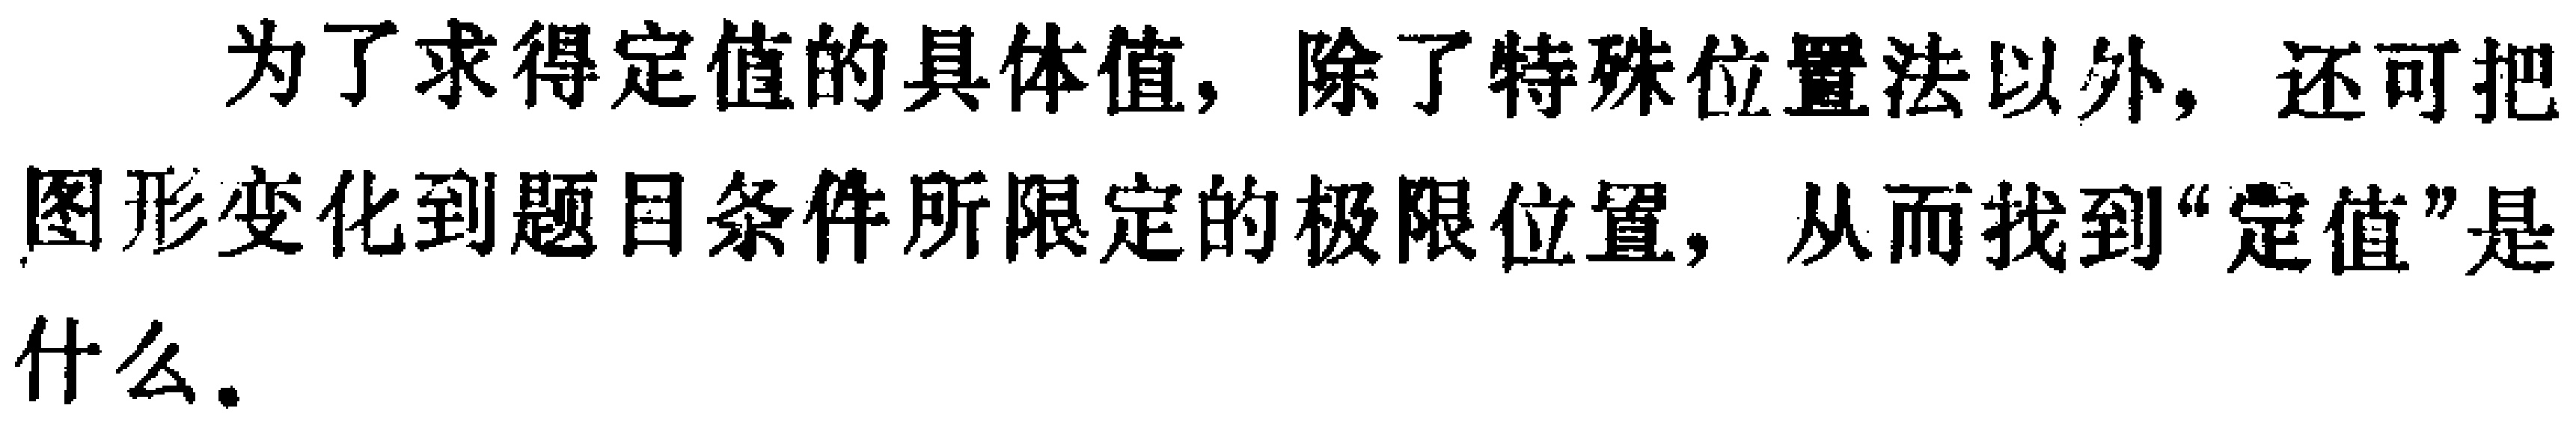
为了求得定值的具体值，除了特殊位置法以外，还可把图形变化到题目条件所限定的极限位置，从而找到“定值”是什么。